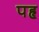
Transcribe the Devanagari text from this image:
पहृ